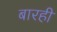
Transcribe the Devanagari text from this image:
बारही